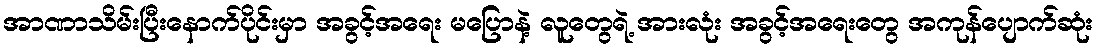
အာဏာသိမ်းပြီးနောက်ပိုင်းမှာ အခွင့်အရေး မပြောနဲ့ လူတွေရဲ့ အားလုံး အခွင့်အရေးတွေ အကုန်ပျောက်ဆုံး